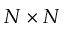
N \times N